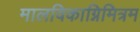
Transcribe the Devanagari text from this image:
मालविकाग्निमित्रम